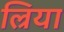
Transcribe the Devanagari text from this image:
ल्रिया